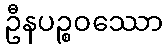
ဦနပဉ္စဝဿော